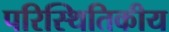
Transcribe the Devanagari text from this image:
परिस्थितिकीय